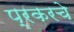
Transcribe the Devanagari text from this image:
प्रकरचे